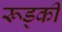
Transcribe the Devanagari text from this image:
रूड्की